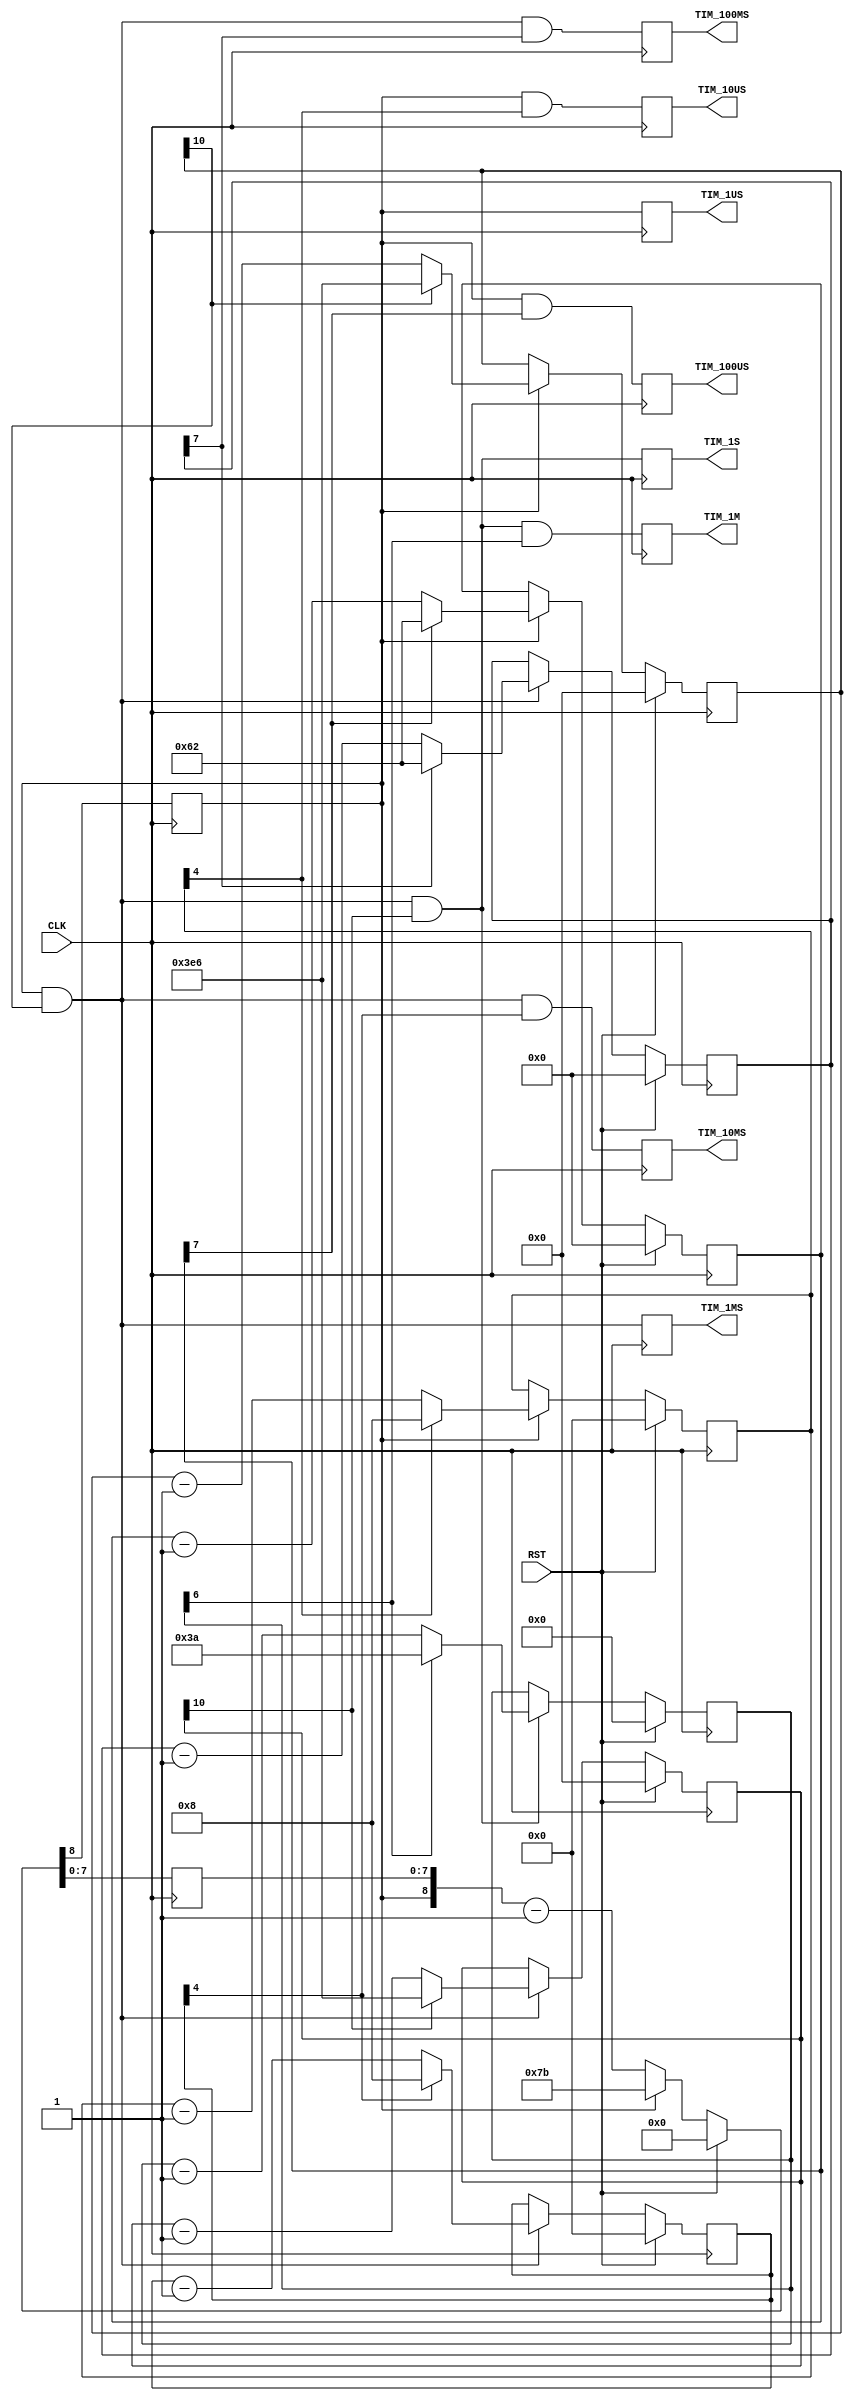
/*******************************************************************************
*                                                                              *
* Module      : TIMER                                                          *
* Version     : v 0.2.0 2010/03/31                                             *
*               v 3.0  2010/04/21 Change polarity of system reset              *
*                                                                              *
* Description : TIMER                                                          *
*                                                                              *
*                Copyright (c) 2010 Bee Beans Technologies Co.,Ltd.            *
*                All rights reserved                                           *
*                                                                              *
*******************************************************************************/
module TIMER #(
  parameter [7:0] CLK_FREQ = 125  // MHz
)(
// System
  input   CLK,        // in : System clock
  input   RST,        // in : System reset
// Intrrupts
  output  TIM_1US,    // out  : 1 us interval
  output  TIM_10US,   // out  : 10 us interval
  output  TIM_100US,  // out  : 100 us interval
  output  TIM_1MS,    // out  : 1 ms interval
  output  TIM_10MS,   // out  : 10 ms interval
  output  TIM_100MS,  // out  : 100 ms interval
  output  TIM_1S,     // out  : 1 s interval
  output  TIM_1M      // out  : 1 m interval
);

// Parameter: 158(160M), 123(125M), 48(50MHz), 23(25MHz), 18(20MHz), 8(10Mz)
localparam [7:0] TIM_PERIOD = CLK_FREQ-2; // for 25MHz, 1us/40ns-2 = 23

reg   pulse1us;
reg   pulse10us;
reg   pulse100us;
reg   pulse1ms;
reg   pulse10ms;
reg   pulse100ms;
reg   pulse1s;
reg   pulse1m;

//------------------------------------------------------------------------------
//  Timer
//------------------------------------------------------------------------------
reg         usCry;
reg [7:0]   usTim;
always@ (posedge CLK) begin
  if(RST) {usCry,usTim[7:0]} <= 9'd0;
  else {usCry,usTim[7:0]} <= (usCry ? {1'b0,TIM_PERIOD[7:0]} : {usCry,usTim[7:0]} - 9'd1);
end

reg [4:0]   Tim10us;
reg [7:0]   Tim100us;
reg [10:0]  Tim1ms;
reg [4:0]   Tim10ms;
reg [7:0]   Tim100ms;
reg [10:0]  Tim1s;
reg [6:0]   Tim1min;
always@ (posedge CLK) begin
  if(RST)begin
    Tim10us[4:0] <= 5'h0;
    Tim100us[7:0] <= 8'h0;
    Tim1ms[10:0] <= 11'h0;
    Tim10ms[4:0] <= 5'h0;
    Tim100ms[7:0] <= 8'h0;
    Tim1s[10:0]  <= 11'h0;
    Tim1min[6:0] <= 7'h0;
  end else begin
    if(usCry)begin
      Tim10us[4:0] <= (Tim10us[4] ? 5'd8 : Tim10us[4:0] - 5'd1);
      Tim100us[7:0] <= (Tim100us[7] ? 8'd98 : Tim100us[7:0] - 8'd1);
      Tim1ms[10:0] <= (Tim1ms[10] ? 11'd998 : Tim1ms[10:0] - 11'd1);
    end
    if(usCry & Tim1ms[10])begin
      Tim10ms[4:0] <= (Tim10ms[4] ? 5'd8 : Tim10ms[4:0] - 5'd1);
      Tim100ms[7:0] <= (Tim100ms[7] ? 8'd98 : Tim100ms[7:0] - 8'd1);
      Tim1s[10:0]  <= (Tim1s[10]  ? 11'd998 : Tim1s[10:0] - 11'd1);
    end
    if(usCry & Tim1ms[10] & Tim1s[10])begin
      Tim1min[6:0] <= (Tim1min[6] ? 7'd58 : Tim1min[6:0] - 7'd1);
    end
  end
end

always@ (posedge CLK) begin
  pulse1us  <= usCry;
  pulse10us <= usCry & Tim10us[4];
  pulse100us<= usCry & Tim100us[7];
  pulse1ms  <= usCry & Tim1ms[10];
  pulse10ms <= usCry & Tim1ms[10] & Tim10ms[4];
  pulse100ms<= usCry & Tim1ms[10] & Tim100ms[7];
  pulse1s   <= usCry & Tim1ms[10] & Tim1s[10];
  pulse1m   <= usCry & Tim1ms[10] & Tim1s[10] & Tim1min[6];
end

assign  TIM_1US = pulse1us;
assign  TIM_10US = pulse10us;
assign  TIM_100US = pulse100us;
assign  TIM_1MS = pulse1ms;
assign  TIM_10MS = pulse10ms;
assign  TIM_100MS = pulse100ms;
assign  TIM_1S  = pulse1s;
assign  TIM_1M  = pulse1m;

endmodule